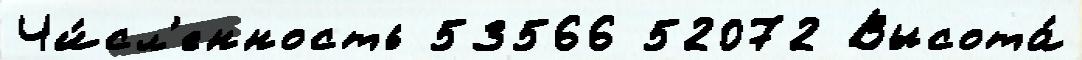
Чи́сл'енность 53566 52072 Высота́